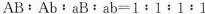
$$A B : A b : a B : a b = 1 : 1 : 1 : 1$$